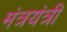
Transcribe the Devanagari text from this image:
मंत्रयंत्री